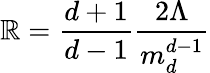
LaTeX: \mathbb{R}=\frac{{d+1}}{{d-1}}\frac{{2\Lambda}}{{m_{d}^{d-1}}}